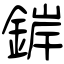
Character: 錌